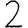
Digit: 2